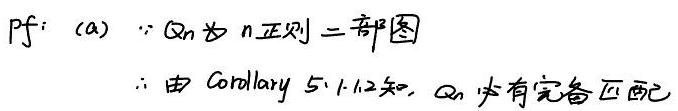
\(pf: &(a)\quad\because Q_n \)为 n 正则二部图\\
\(&\therefore \)由 Corollary 5.1.12 知\(, Q_n \)必有完备匹配